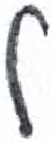
אות: ל